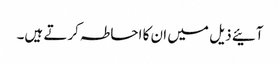
آئیے ذیل میں ان کا احاطہ کرتے ہیں۔